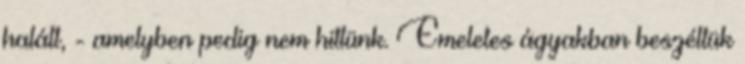
halált, - amelyben pedig nem hittünk. Emeletes ágyakban beszéltük